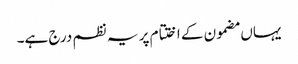
یہاں مضمون کے اختتام پر یہ نظم درج ہے۔